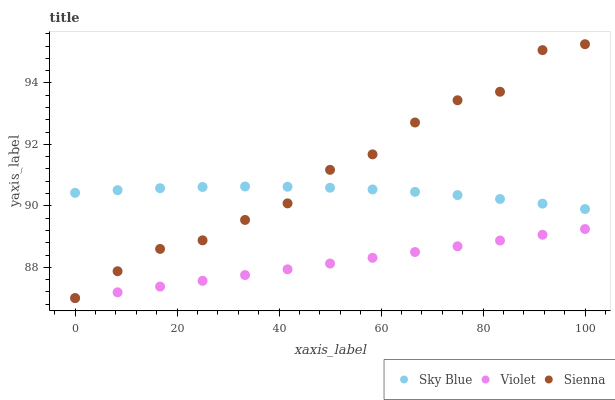
| xaxis_label | Sky Blue | Violet | Sienna |
 | --- | --- | --- | --- |
 | 0 | 90.4 | 87 | 87 |
 | 8.33 | 90.5 | 87.2 | 87.9 |
 | 16.7 | 90.6 | 87.4 | 88.6 |
 | 25 | 90.6 | 87.6 | 88.9 |
 | 33.3 | 90.6 | 87.7 | 89.5 |
 | 41.7 | 90.6 | 87.9 | 90.1 |
 | 50 | 90.6 | 88.1 | 91.2 |
 | 58.3 | 90.5 | 88.3 | 91.7 |
 | 66.7 | 90.5 | 88.5 | 92.7 |
 | 75 | 90.4 | 88.7 | 93.4 |
 | 83.3 | 90.2 | 88.9 | 93.7 |
 | 91.7 | 90.1 | 89.1 | 95.1 |
 | 100 | 89.9 | 89.2 | 95.3 |